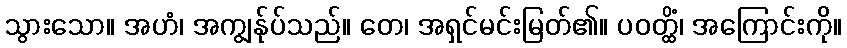
သွားသော။ အဟံ၊ အကျွန်ုပ်သည်။ တေ၊ အရှင်မင်းမြတ်၏။ ပဝတ္ထိံ၊ အကြောင်းကို။